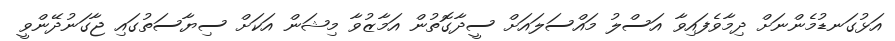
އަޅުގަނޑުމެންނަށް ދިމާވެފައިވާ އަސްލު މައްސަލައަށް ސީދާގޮތުން އަމާޒުވާ މިޝަން އަކަށް ސިޔާސަތުގައި ޖާގަނުދޭންވީ